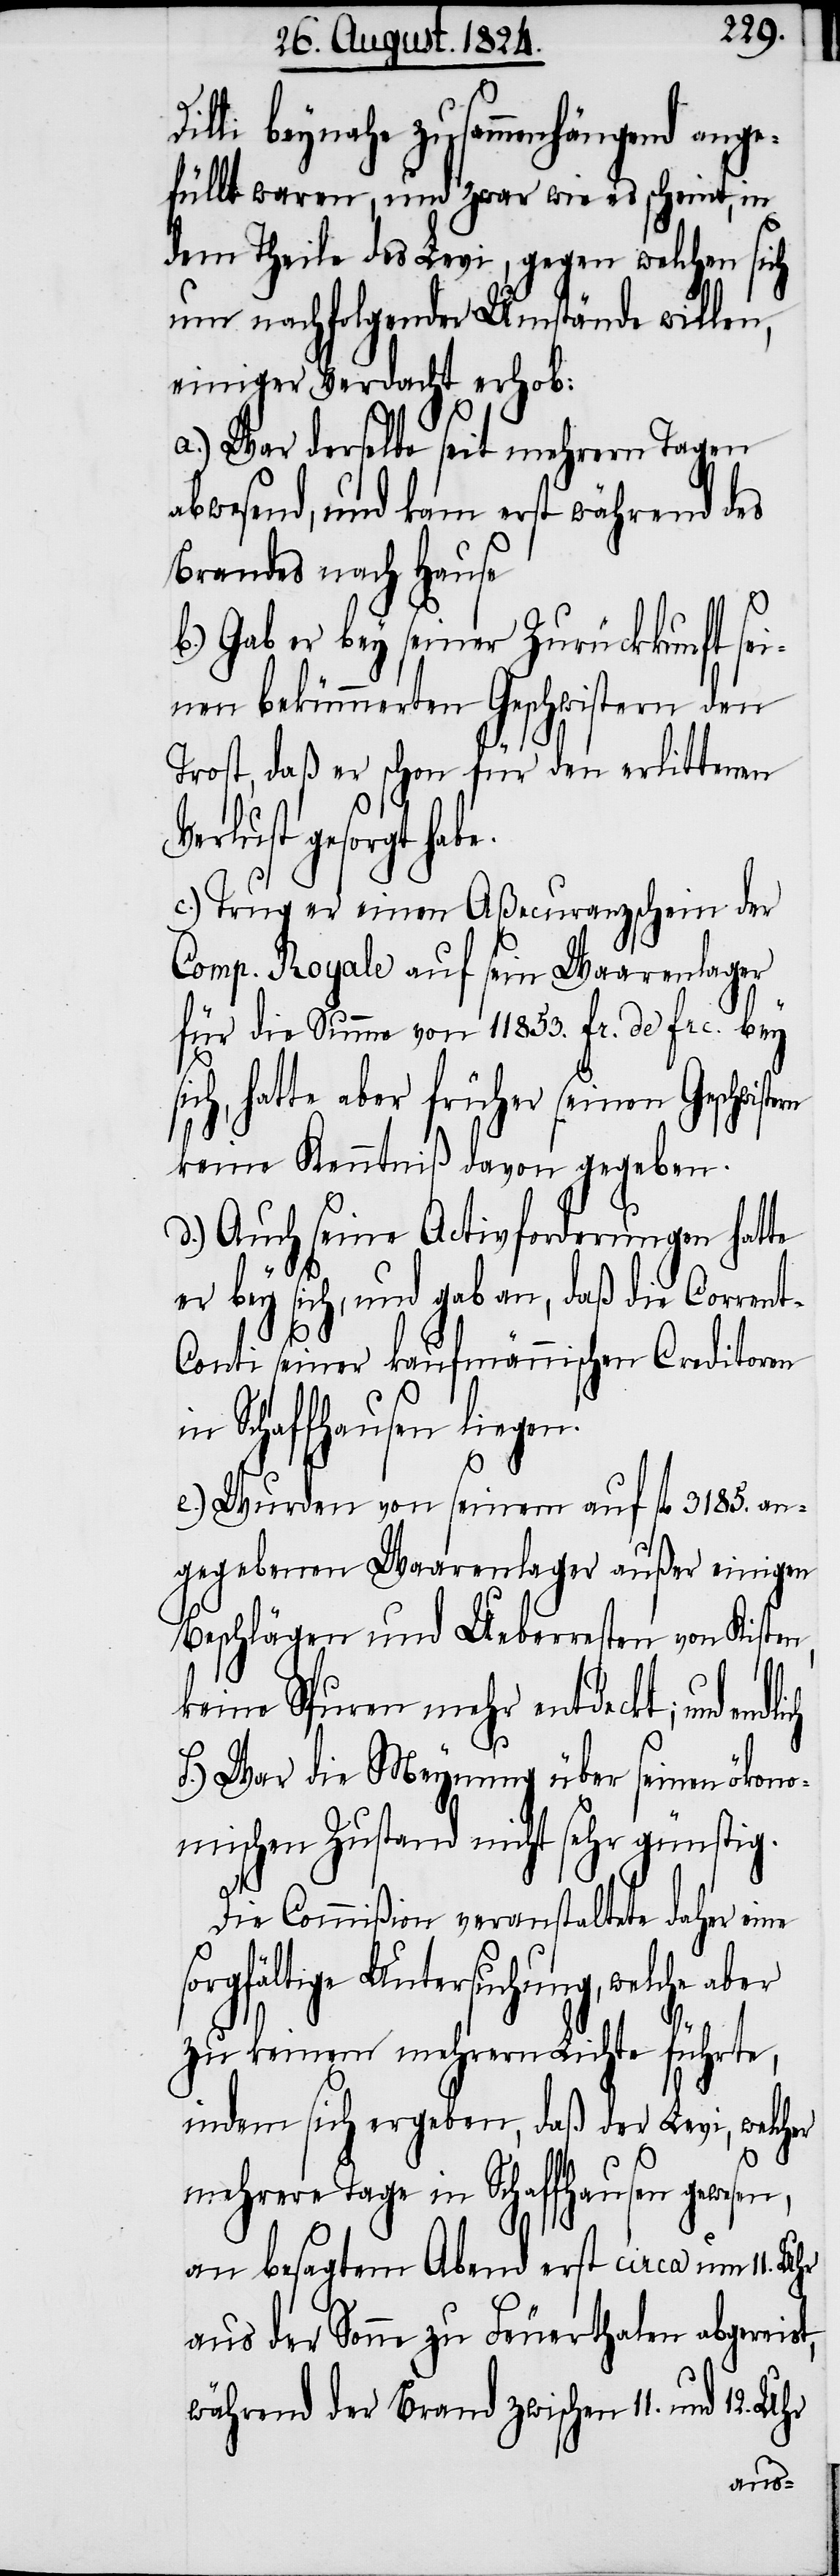
illi beynahe zusammenhängend ang¬
efüllt waren, und zwar wie es scheint, in
dem Theile des Levi, gegen welchen sich
um nachfolgende Umstände willen,
einiger Verdacht erhob.
a.) War derselbe seit mehrern Tagen
abwesend, und kam erst während des
Brandes nach Hause.
b.) Gab er bey seiner Zurückkunft sei¬
nen bekümmerten Geschwistern den
Trost, daß er schon für den erlittenen
erlust gesorgt habe.
c.) Trug er einen Aßecuranzschein der
Comp. Royale auf sein Waarenlager
für die Summe von 11853. fr. de Frc. bey
sich, hatte aber früher seinen Geschwiste¬
t,
keine Kenntniß davon gegeben.
d.) Auch seine Activforderungen hatte
D¬
er bey sich, und gab an, daß die Corrent-C¬
onti seiner kaufmännischen Creditoren
in Schaffhausen liegen.
e.) Wurden von seinem auf fl. 3185. an¬
gegebenen Waarenlager außer einigen
Beschlägen und Ueberresten von Kisten,
keine Spuren mehr entdeckt; und
f.) War die Meynung über seinen ökono¬
mischen Zustand nicht sehr günstig.
Die Commißion veranstaltete daher eine
sorgfältige Untersuchung, welche aber
zu keinem mehrern Lichte führte,
indem sich ergeben, daß der Levi, welcher
mehrere Tage in Schaffhausen
an besagtem Abend erst circa um 11. Uhr
aus der Sonne zu Feuerthalen abgereis¬
während der Brand zwischen 11. und 12. Uhr